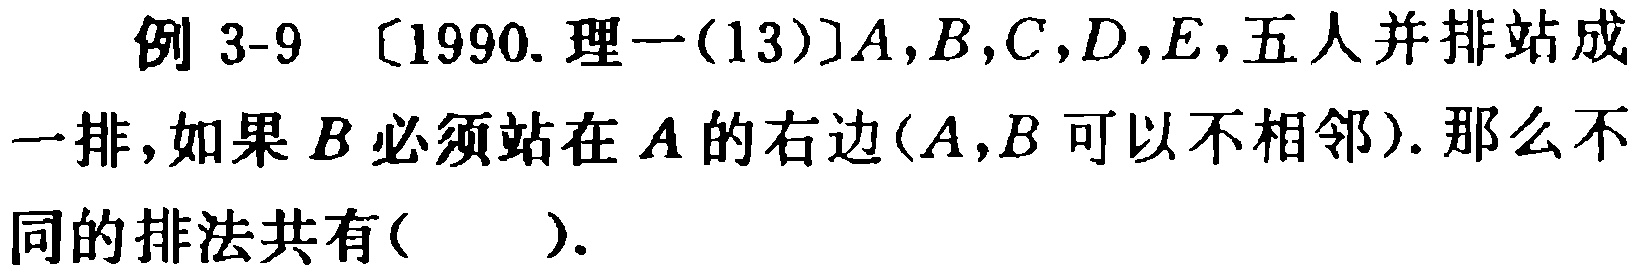
例 3-9 [1990. 理一(13)]$A,B,C,D,E$，五人并排站成一排，如果$B$必须站在$A$的右边($A,B$可以不相邻). 那么不同的排法共有( ).